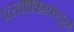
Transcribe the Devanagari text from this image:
प्रस्तावकाकडून